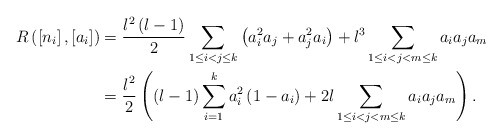
\begin{align*}R\left( \left[ n_{i}\right] ,\left[ a_{i}\right] \right) &=\frac{l^{2}\left( l-1\right) }{2}\sum_{1\leq i<j\leq k}\left( a_{i}^{2}a_{j}+a_{j}^{2}a_{i}\right) +l^{3}\sum_{1\leq i<j<m\leq k}a_{i}a_{j}a_{m}\\& =\frac{l^{2}}{2}\left( \left( l-1\right) \sum_{i=1}^{k}a_{i}^{2}\left(1-a_{i}\right) +2l\sum_{1\leq i<j<m\leq k}a_{i}a_{j}a_{m}\right) .\end{align*}